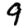
Digit: 9